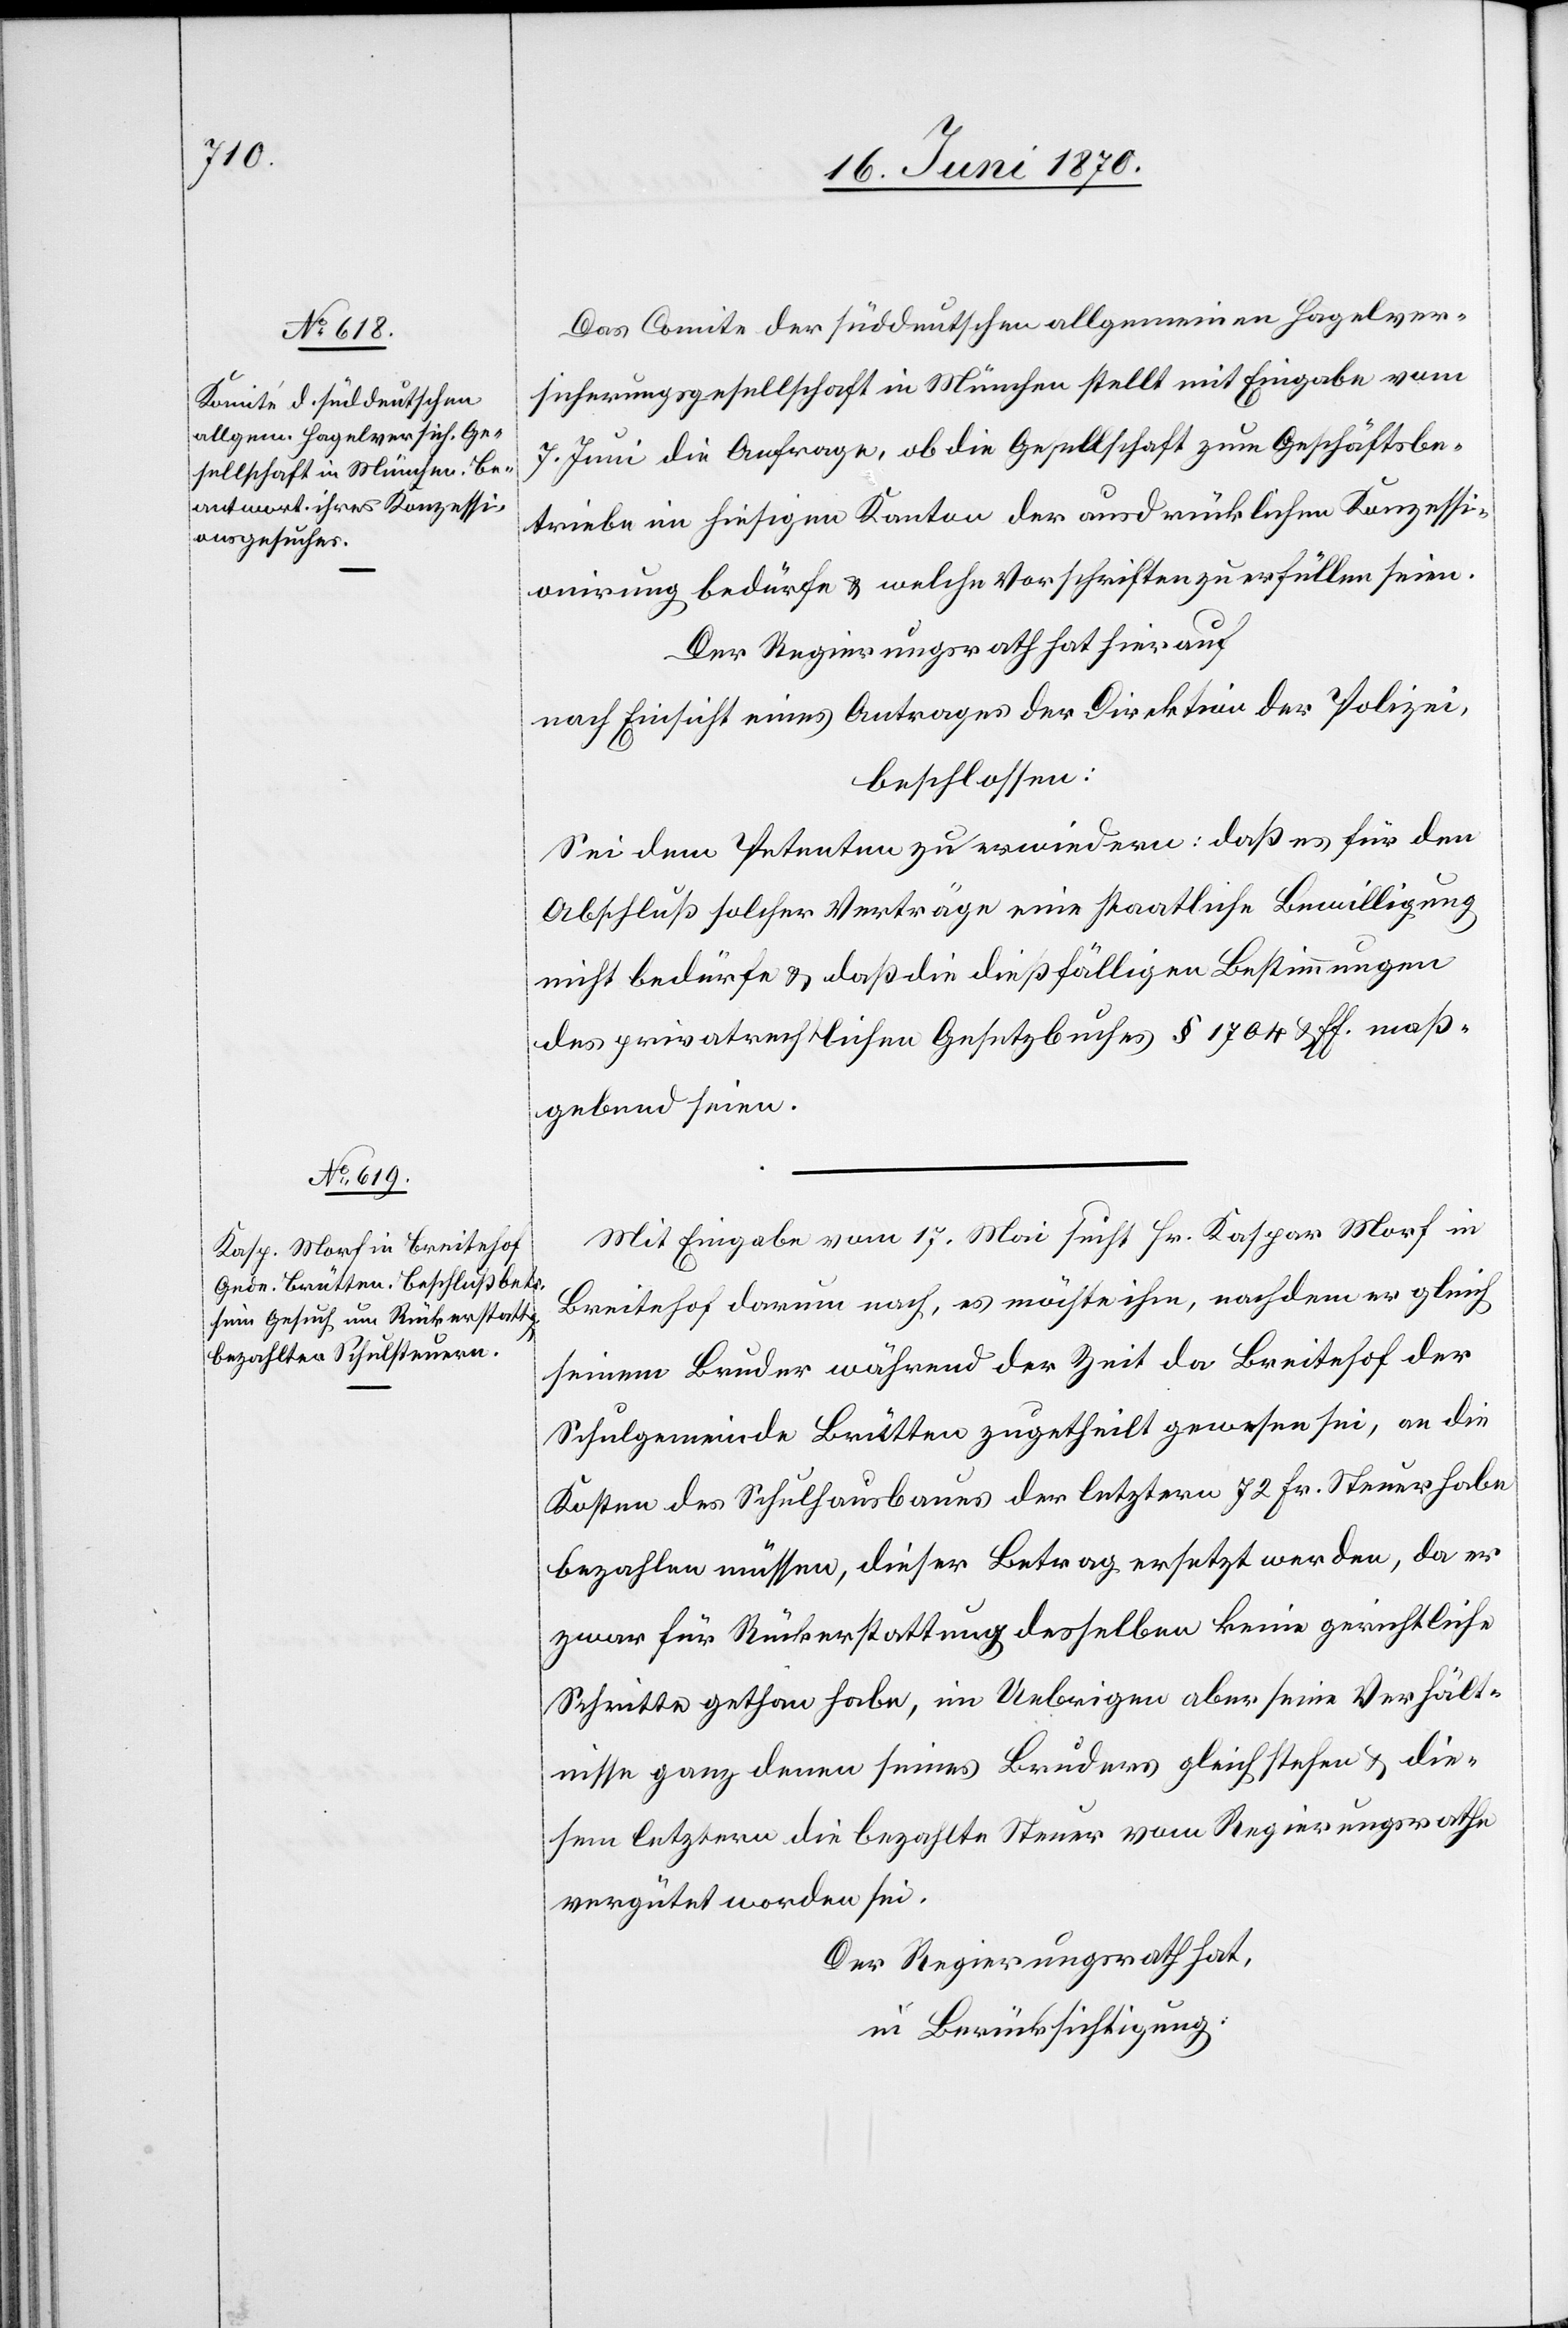
Das Comite der süddeutschen allgemeinen Hagelver¬
sicherungsgesellschaft in München stellt mit Eingabe vom
7. Juni die Anfrage, ob die Gesellschaft zum Geschäftsbe¬
triebe im hiesigen Kanton der ausdrücklichen Konzessi¬
onirung bedürfe & welche Vorschriften zu erfüllen seien.
Der Regierungsrath hat hierauf
nach Einsicht eines Antrages der Direktion der Polizei,
beschlossen:
Sei dem Petenten zu erwiedern: daß es für den
Abschluß solcher Verträge eine staatliche Bewilligung
nicht bedürfe & daß die dießfälligen Bestimmungen
des privatrechtlichen Gesetzbuches § 1704 & ff. maß¬
gebend seien.
Mit Eingabe vom 17. Mai sucht Hr. Kaspar Morf in
Breitehof darum nach, es möchte ihm, nachdem er gleich
seinem Bruder während der Zeit da Breitehof der
Schulgemeinde Brütten zugetheilt gewesen sei, an die
Kosten des Schulhausbaues der letztern 72 Fr. Steuer habe
bezahlen müssen, dieser Betrag ersetzt werden, da er
zwar für Rückerstattung desselben keine gerichtliche
Schritte gethan habe, im Uebrigen aber seine Verhält¬
nisse ganz denen seines Bruders gleich stehen & die¬
sem letztern die bezahlte Steuer vom Regierungsrathe
vergütet worden sei.
Der Regierungsrath hat,
in Berücksichtigung: